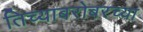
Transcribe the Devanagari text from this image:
तिच्याबरोबरच्या